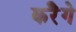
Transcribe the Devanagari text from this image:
करेॆगे